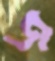
জ